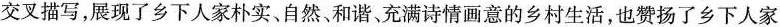
交叉描写，展现了乡下人家朴实、自然、和谐、充满诗情画意的乡村生活，也赞扬了乡下人家